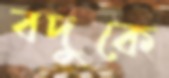
বদুকে